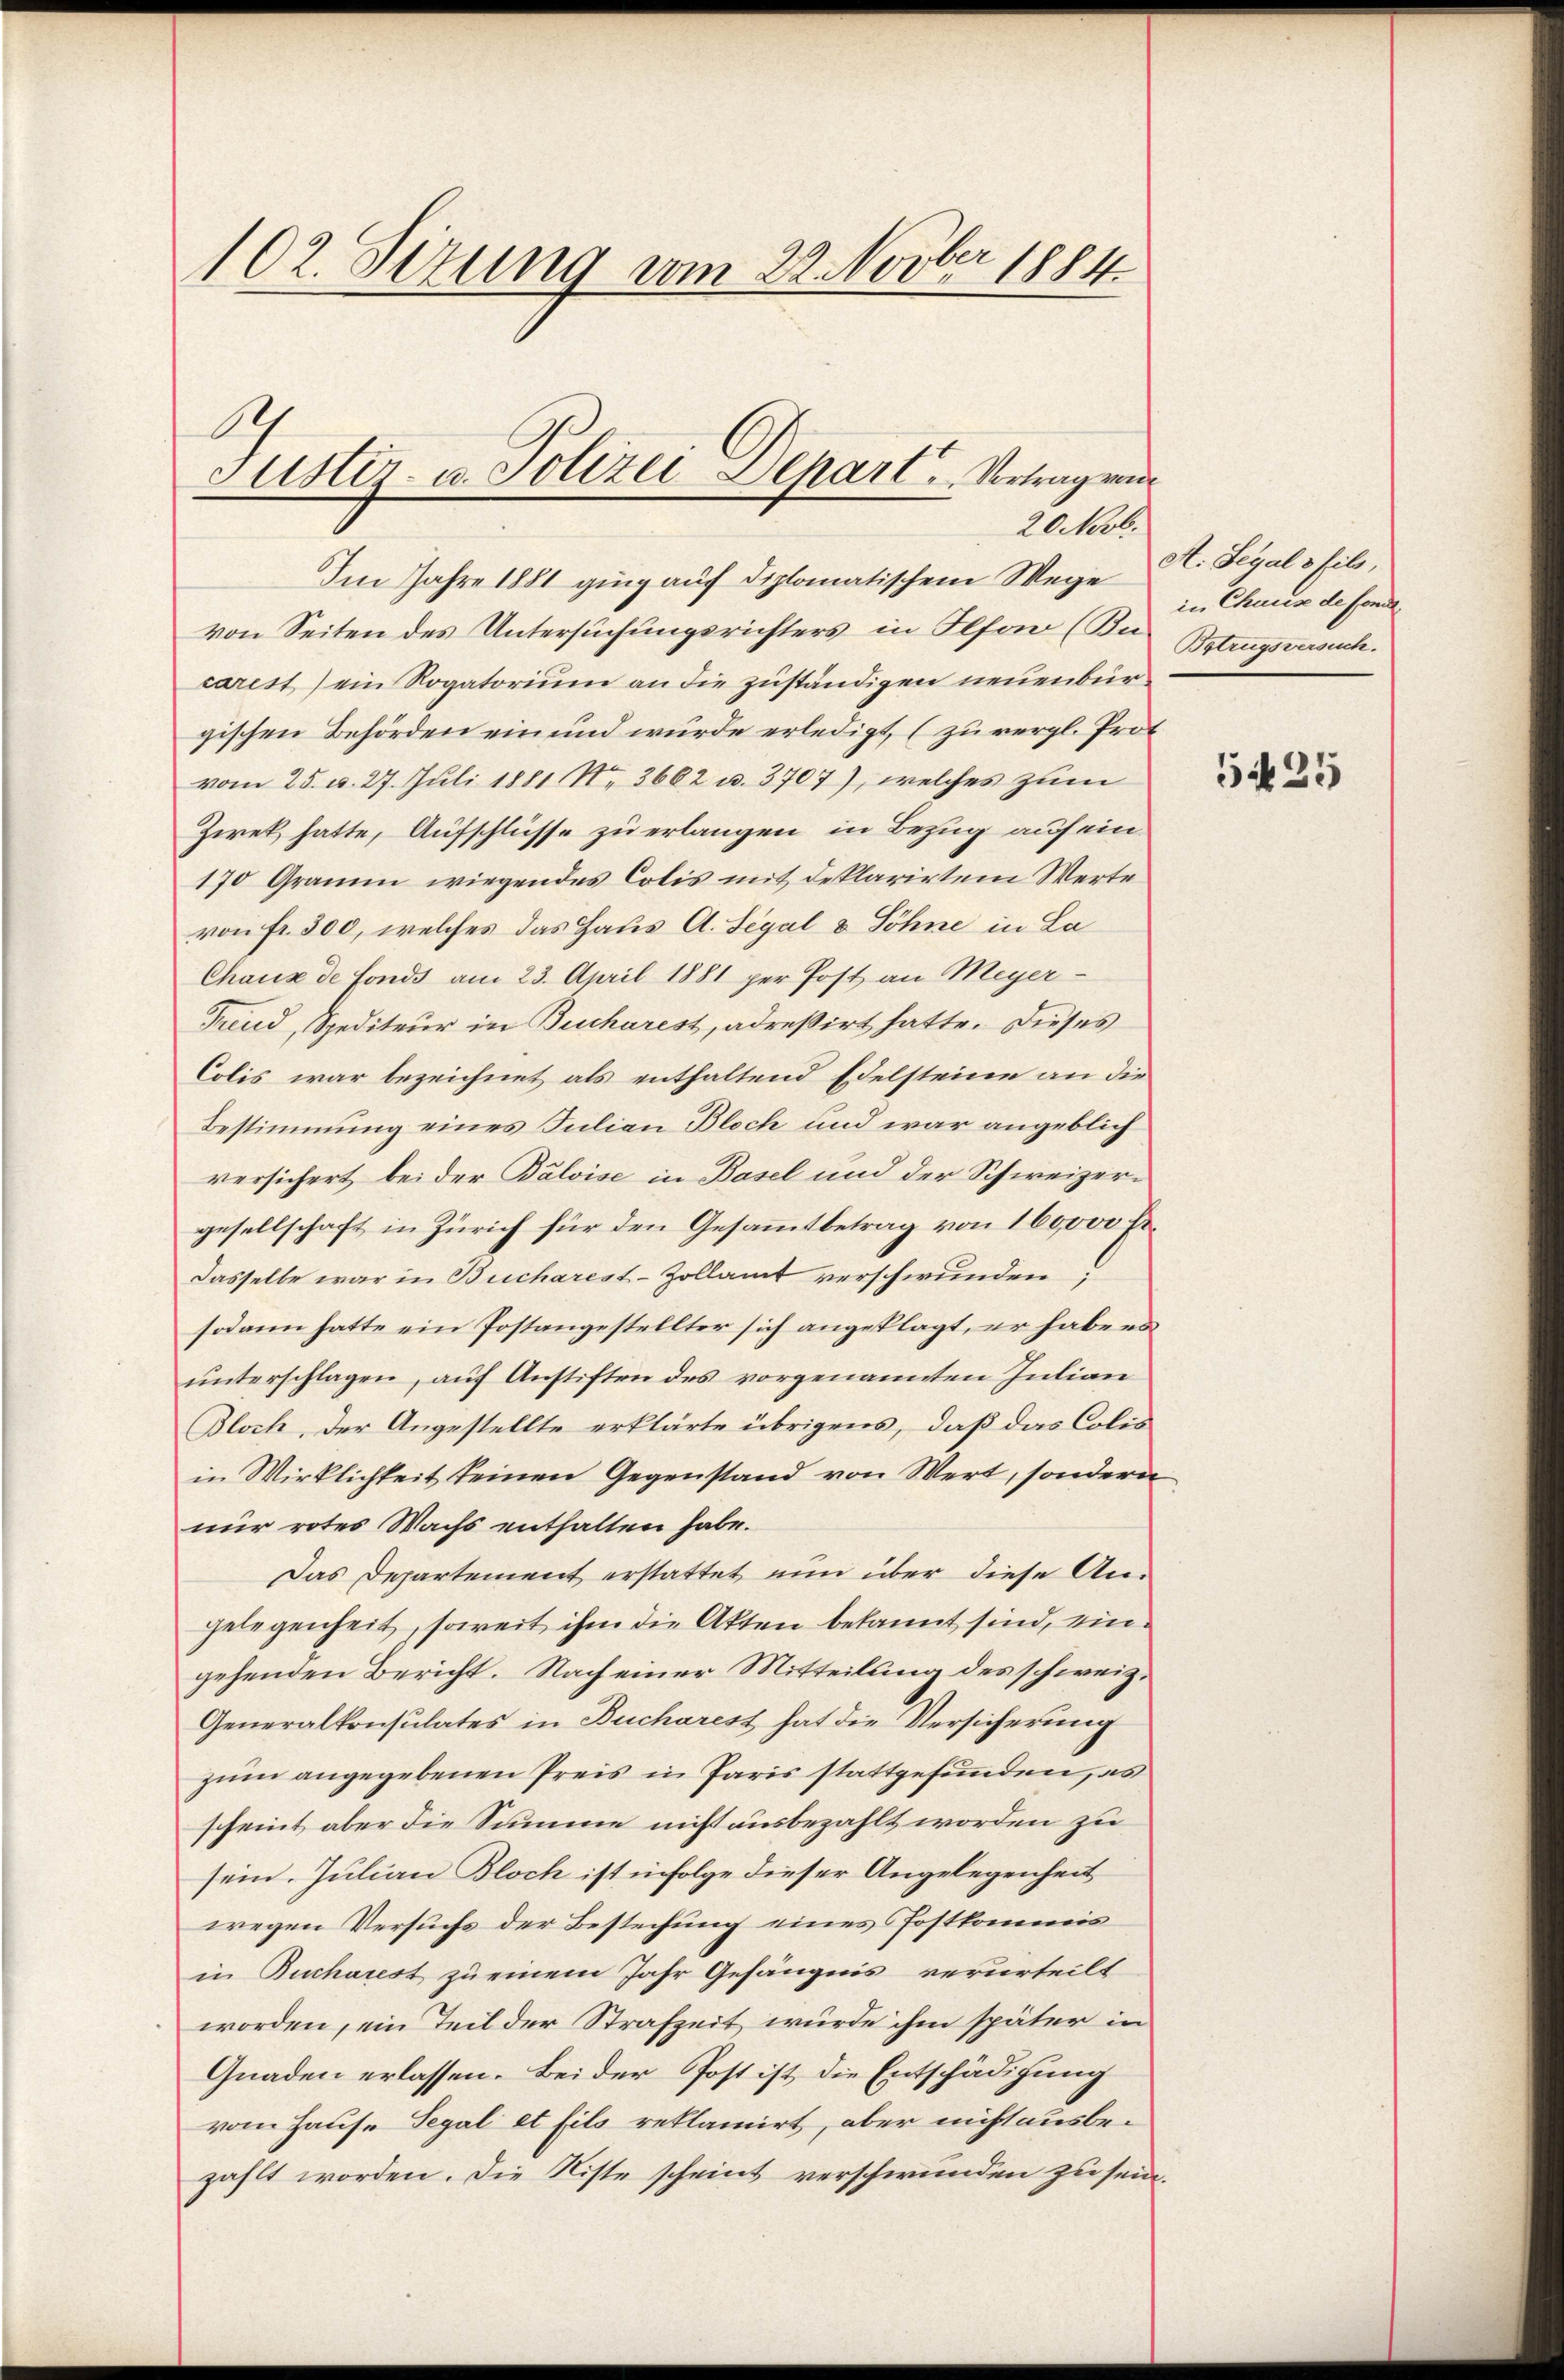
102. Sitzung vom 22. Novber 1884.

Justiz- u. Polizei Depart. Vertrag von
20 Novb.

Im Jahre 1881 ging auf diplomatischem Wege H. Segals fil,
von Seiten des Untersuchungsrichters in Ilfar (Bacarest) ein Rogatorium an die zuständigen neuenburgischen Behörden ein und würde erledigt, (zu vergl. Prot
vom 25. v. 27. Juli 1881 No. 3662 u. 3707), welches zum
Zirek hatte, Aufschlüsse zu erlangen in Bezug auf ein¬
170 Gramm wiegendes Colis mit deklarirtem Werte
von fr. 300, welches das Haus A. Segal & Söhne in La¬
Chaux de fonds am 23. April 1881 per Post an Meyer-
Freud, Spediteur in Bucharest, adreßirt hatte. Dieses
Colis war bezeichnet als enthaltend Edelsteine an die
Bestimmung eines Julian Bloch und war angeblich
versichert bei der Balvise in Basel und der Schweizergesellschaft in Zürich für den Gesammtbetrag von 160,000 Fr.
Dasselbe war in Bucharest-Zollamt verschwunden
sodann hatte ein Postangestellter sich angeklagt, er habe es
ŭnterschlagen, auf Anstiften des vorgenannten Julian
Bloch, der Angestellte erklärte übrigens, daß das Colis
in Wirklichkeit keinen Gegenstand von Wert, sondern
nur rotes Wachs enthalten habe.
Das Departement erstattet nun über diese Angelegenheit, soweit ihm die Akten bekannt sind, ein.
gehenden Bericht. Nach einer Mitteilung des schweiz.
Generalkonsulates in Bucharest hat die Versicherung
zum angegebenen Preis in Paris stattgefunden, es
scheint aber die Summe nicht ausbezahlt worden zu
sein. Julian Bloch ist infolge dieser Angelegenheit
wegen Versuchs der Bestechung eines Postkommis
in Bucharest zu einem Jahr Gefängnis verurteilt
worden, ein Teil der Strafzeit würde ihm später in
Gnaden erlassen. Bei der Post ist die Entschädigung
vom Hause Segal et fils reklamirt, aber nicht ausbezahlt worden. Die Riste scheint verschwunden zu sein.

in Chaus de sonde
Betrugsversuch.

5425